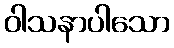
ဝါသနာပါသော